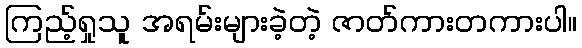
ကြည့်ရှုသူ အရမ်းများခဲ့တဲ့ ဇာတ်ကားတကားပါ။